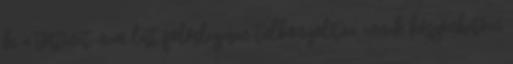
ki a történet, nem lett fölöslegesen túlbonyolítva, ennek köszönhetően